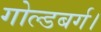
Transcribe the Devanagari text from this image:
गोल्डबर्ग।